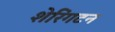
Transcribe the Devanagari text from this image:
शेरिंगटन